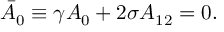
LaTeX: \bar { A } _ { 0 } \equiv \gamma A _ { 0 } + 2 \sigma A _ { 1 2 } = 0 .